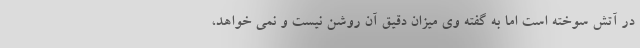
در آتش سوخته است اما به گفته وی میزان دقیق آن روشن نیست و نمی خواهد،